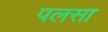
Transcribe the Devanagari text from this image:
पलसा